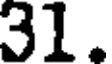
31.